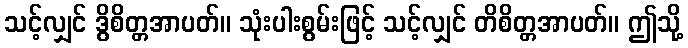
သင့်လျှင် ဒွိစိတ္တအာပတ်။ သုံးပါးစွမ်းဖြင့် သင့်လျှင် တိစိတ္တအာပတ်။ ဤသို့